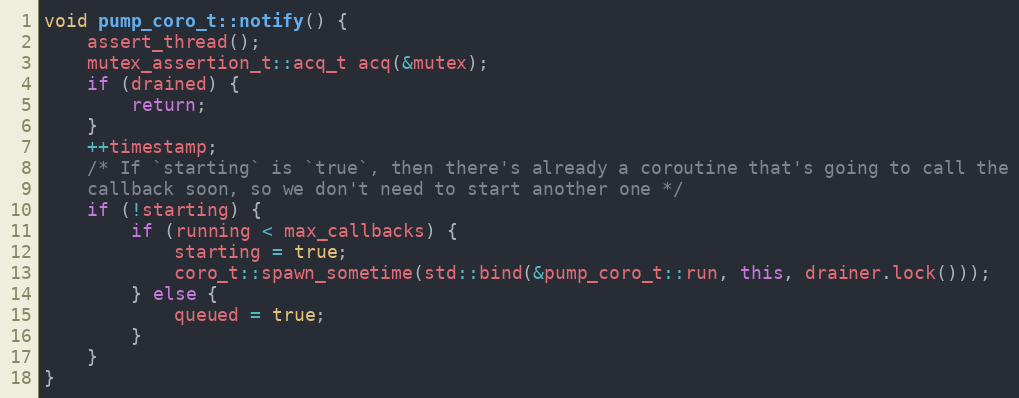
Language: C++
void pump_coro_t::notify() {
    assert_thread();
    mutex_assertion_t::acq_t acq(&mutex);
    if (drained) {
        return;
    }
    ++timestamp;
    /* If `starting` is `true`, then there's already a coroutine that's going to call the
    callback soon, so we don't need to start another one */
    if (!starting) {
        if (running < max_callbacks) {
            starting = true;
            coro_t::spawn_sometime(std::bind(&pump_coro_t::run, this, drainer.lock()));
        } else {
            queued = true;
        }
    }
}